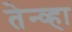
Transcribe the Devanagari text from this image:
तेन्व्हा